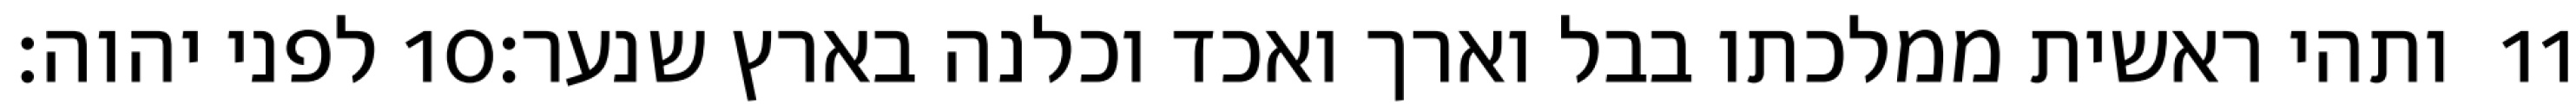
לפני יהוה׃ ‎10‏ ותהי ראשית ממלכתו בבל וארך ואכד וכלנה בארץ שנער׃ ‎11‏